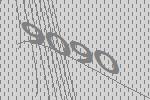
9090